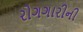
રોગગારીની